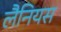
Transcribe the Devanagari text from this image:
लैनियस